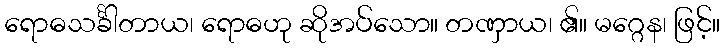
ရောဓသင်္ခါတာယ၊ ရောဓဟု ဆိုအပ်သော။ တဏှာယ၊ ၏။ မဂ္ဂေန၊ ဖြင့်။